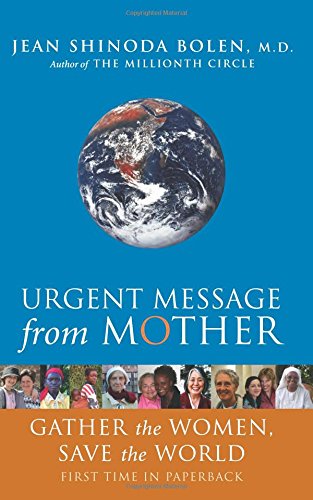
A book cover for Urgent Message from Mother: Gather the Women, Save the World; Jean Shinoda Bolen; Religion & Spirituality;